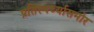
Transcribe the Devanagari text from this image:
प्रतिस्पर्ध्यासमोर